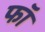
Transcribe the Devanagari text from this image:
फॉ